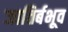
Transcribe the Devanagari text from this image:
जातिर्बभूव